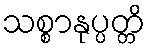
သစ္စာနုပ္ပတ္တိ